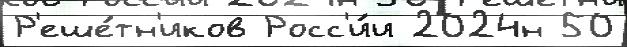
Р'еше́тн'иков Росс'и́и 2024н 50